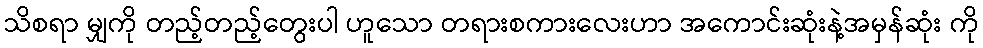
သိစရာ မျှကို တည့်တည့်တွေးပါ ဟူသော တရားစကားလေးဟာ အကောင်းဆုံးနဲ့အမှန်ဆုံး ကို